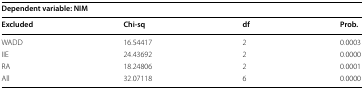
<table><thead><tr><td colspan="4"><b>Dependent variable: NIM</b></td></tr><tr><td><b>Excluded</b></td><td><b>Chi-sq</b></td><td><b>df</b></td><td><b>Prob.</b></td></tr></thead><tbody><tr><td>WADD</td><td>16.54417</td><td>2</td><td>0.0003</td></tr><tr><td>IIE</td><td>24.43692</td><td>2</td><td>0.0000</td></tr><tr><td>RA</td><td>18.24806</td><td>2</td><td>0.0001</td></tr><tr><td>All</td><td>32.07118</td><td>6</td><td>0.0000</td></tr></tbody></table>